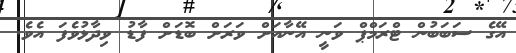
އޭގެ ސަބަބުން ޓްރަމްޕް ވަނީ އޭނާއަށް ވަރަށް ބޮޑަށް ފާޑު ވިދާޅުވެފަ އެވެ.